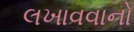
લખાવવાનો